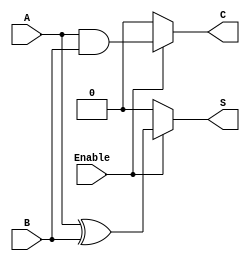
module conditional_half_adder (
    input wire A,       // First single-bit input
    input wire B,       // Second single-bit input
    input wire Enable,  // Control signal
    output reg S,       // Sum output
    output reg C        // Carry output
);

// Combinational logic for Conditional Half-Adder
always @(*) begin
    if (Enable) begin
        S = A ^ B;      // Sum is A XOR B
        C = A & B;      // Carry is A AND B
    end else begin
        S = 0;          // Default state for Sum
        C = 0;          // Default state for Carry
    end
end

endmodule